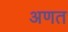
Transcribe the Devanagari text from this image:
अणत